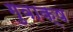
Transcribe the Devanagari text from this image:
गुवाक्ष